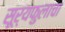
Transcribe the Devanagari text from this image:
सूर्यफुलाचा